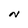
Character: N